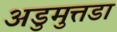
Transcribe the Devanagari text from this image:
अडुमुत्तडा